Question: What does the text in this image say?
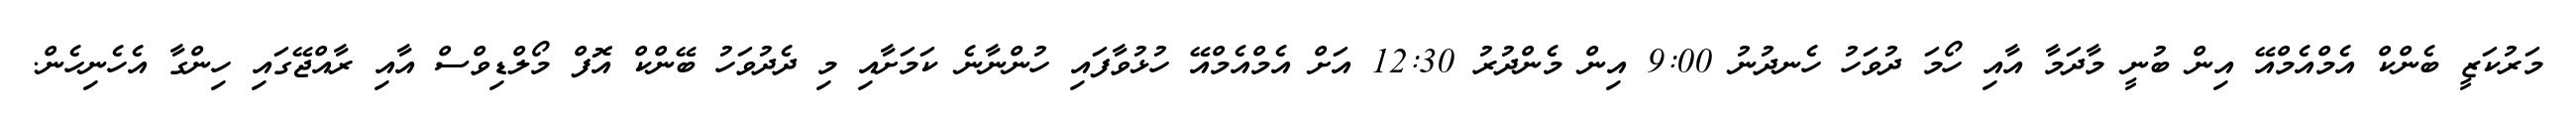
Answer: މަރުކަޒީ ބެންކް އެމްއެމްއޭ އިން ބުނީ މާދަމާ އާއި ހޯމަ ދުވަހު ހެނދުނު 9:00 އިން މެންދުރު 12:30 އަށް އެމްއެމްއޭ ހުޅުވާފައި ހުންނާނެ ކަމަށާއި މި ދެދުވަހު ބޭންކް އޮފް މޯލްޑިވްސް އާއި ރާއްޖޭގައި ހިންގާ އެހެނިހެން.